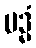
ပဒ္မံ